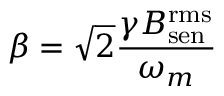
\beta = \sqrt { 2 } \frac { \gamma B _ { \mathrm { s e n } } ^ { \mathrm { r m s } } } { \omega _ { m } }